system: You are a helpful assistant.
user:
Analyze the provided spectrum to determine if it is a **Carbon Star (C-type)**.

- **Key Visual Indicators of Carbon Star:**
    - **(Primary):** Strong molecular absorption from **C₂ (diatomic carbon) "Swan Bands."** This is the **defining feature** of a carbon star.
        - **(Key Bandheads):** Sharp absorption edges are visible at approximately $5635$ Å, $5165$ Å (the strongest band), and $4737$ Å.
        - **(Line Profile):** Creates a distinct **"saw-tooth"** pattern. The key morphology is a sharp, steep bandhead on the **red (long-wavelength) side**, which then gradually tapers off (i.e., flux recovers) towards the **blue (short-wavelength) side**. *(This is the direct opposite of the TiO bands seen in M-type stars)*.

    - **(Secondary):** Intense **CN (cyanogen)** molecular absorption bands.
        - **(Key Bandheads):** Located in the blue and violet regions of the spectrum (e.g., near $4215$ Å and $3883$ Å).
        - **(Morphology):** These bands are extremely broad and act as a "blanket," absorbing the vast majority of blue and violet light. This creates a characteristic **"cliff"** or **"steep drop-off"** in the spectrum's flux at short wavelengths.

    - **(Key Confirmation):** Strong **CH absorption band (G-band)**.
        - **(Key Bandhead):** Located around $4300$ Å. The contribution from CH molecules to this band is exceptionally strong.

    - **(Overall Spectrum):**
        - The continuum is severely "chopped up" by these deep molecular bands, especially C₂, rather than appearing as a smooth curve.
        - Due to the heavy CN and C₂ absorption in the blue-green, the vast majority of the star's flux is concentrated in the red part of the spectrum, giving the star its characteristic deep red color.

Think first, call **spectral_visualization_tool** if needed to examine features in detail, then provide your final answer. Your response must adhere to the following strict rules:
1.  **Overall Structure:** Your response must follow the format `<think>...</think> <tool_call>...</tool_call> (if a tool is used) <answer>...</answer>`.
2.  **Tool Usage Constraint:** You may only make **one** tool call per turn.
3.  **Final Answer Format:** In the `<answer>` tag, your conclusion must be inside a `\boxed{}` command (e.g., `\boxed{YES}`), followed by your justification.

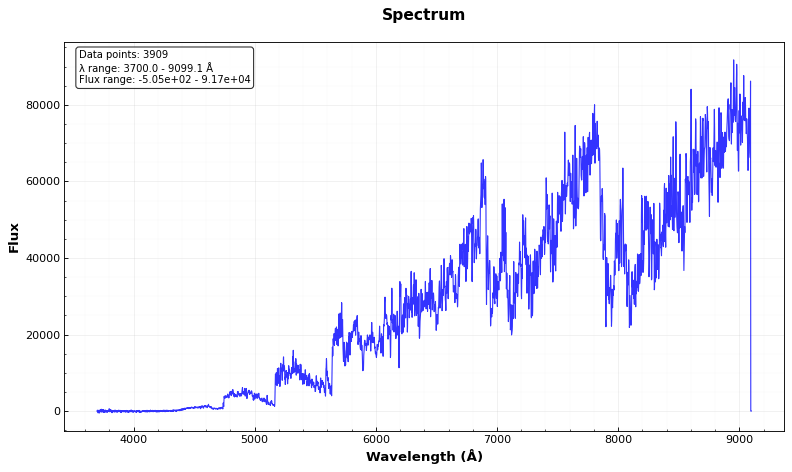
Answer: YES